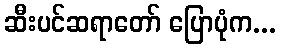
ဆီးပင်ဆရာတော် ပြောပုံက...